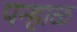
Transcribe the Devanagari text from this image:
पन्हाळ